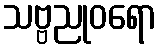
သဗ္ဗညုဝရော